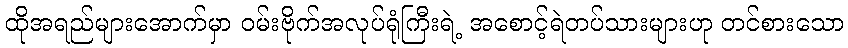
ထိုအရည်များအောက်မှာ ဝမ်းဗိုက်အလုပ်ရုံကြီးရဲ့ အစောင့်ရဲတပ်သားများဟု တင်စားသော